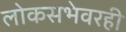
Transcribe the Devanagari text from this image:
लोकसभेवरही